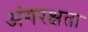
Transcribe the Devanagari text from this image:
अंगरक्षता